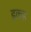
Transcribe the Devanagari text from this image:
इकह